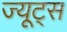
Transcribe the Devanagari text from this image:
ज्यूट्स